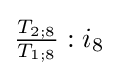
{\tfrac {T_{2;8}}{T_{1;8}}}:{i_{8}}